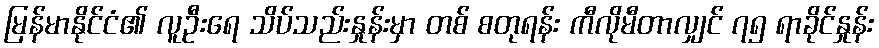
မြန်မာနိုင်ငံ၏ လူဦးရေ သိပ်သည်းနှုန်းမှာ တစ် စတုရန်း ကီလိုမီတာလျှင် ၇၅ ရာခိုင်နှုန်း